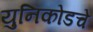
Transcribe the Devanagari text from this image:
युनिकोडचे